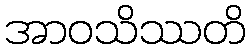
အာဝသိဿတိ